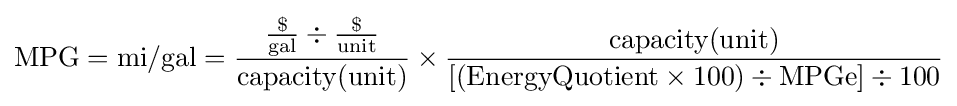
{\text{MPG}}={\text{mi}}/{\text{gal}}={{\$ \over {\text{gal}}}\div {\$ \over {\text{unit}}} \over {\text{capacity(unit)}}}\times {{\text{capacity(unit)}} \over [({\text{EnergyQuotient}}\times 100)\div {\text{MPGe}}]\div 100}